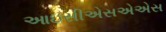
આઇસીએસએએસ